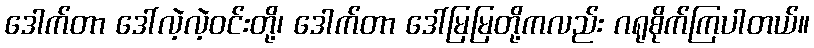
ဒေါက်တာ ဒေါ်လဲ့လဲ့ဝင်းတို့၊ ဒေါက်တာ ဒေါ်မြမြတို့ကလည်း ဂရုစိုက်ကြပါတယ်။